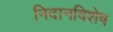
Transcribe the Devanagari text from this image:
निदानविशेष